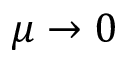
\mu \rightarrow 0